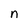
Character: n